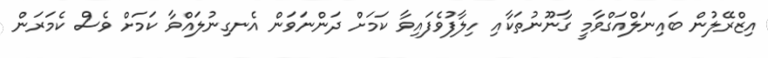
އިޒްރޭލުން ބައިނަލްއަގްވާމީ ގާނޫނުތަކާއި ހިލާފުވެފައިވާ ކަމަށް ދަންނަވަން އެނގިނުލައްވާ ކަމަށް ވެސް ކެމަރަން